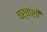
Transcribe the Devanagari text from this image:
चर्चांशी